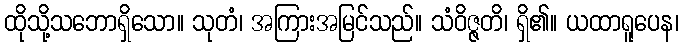
ထိုသို့သဘောရှိသော။ သုတံ၊ အကြားအမြင်သည်။ သံဝိဇ္ဇတိ၊ ရှိ၏။ ယထာရူပေန၊